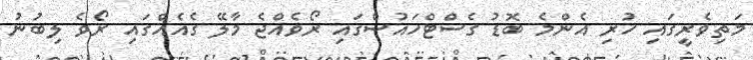
މަތިވެރީގައި ހުރި އެންމެ ބޮޑު ގެސްޓްހައުސްގައި ރޯވެއްޖެ މާލޭ ގެއެއްގައި ރޯވެ ލިބުނު